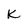
Character: K